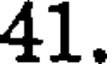
41.